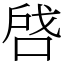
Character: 啔